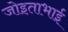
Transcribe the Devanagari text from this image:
जोइताभाई